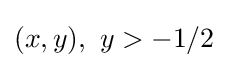
(x,y),\ y>-1/2